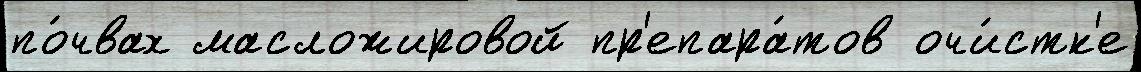
по́чвах масложировой пр'епара́тов очи́стк'е